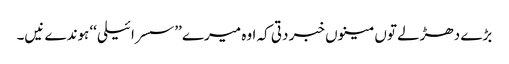
بڑے دھڑلے توں مینوں خبر دتی کہ اوہ میرے ’’سسرائیلی‘‘ ہوندے نیں۔